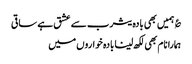
؏ ہمیں بھی بادہ یثرب سے عشق ہے ساقی
ہمارا نام بھی لکھ لینا بادہ خواروں میں